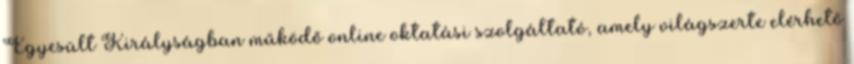
Egyesült Királyságban működő online oktatási szolgáltató, amely világszerte elérhető